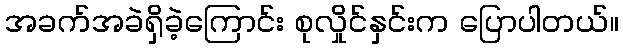
အခက်အခဲရှိခဲ့ကြောင်း စုလှိုင်နှင်းက ပြောပါတယ်။